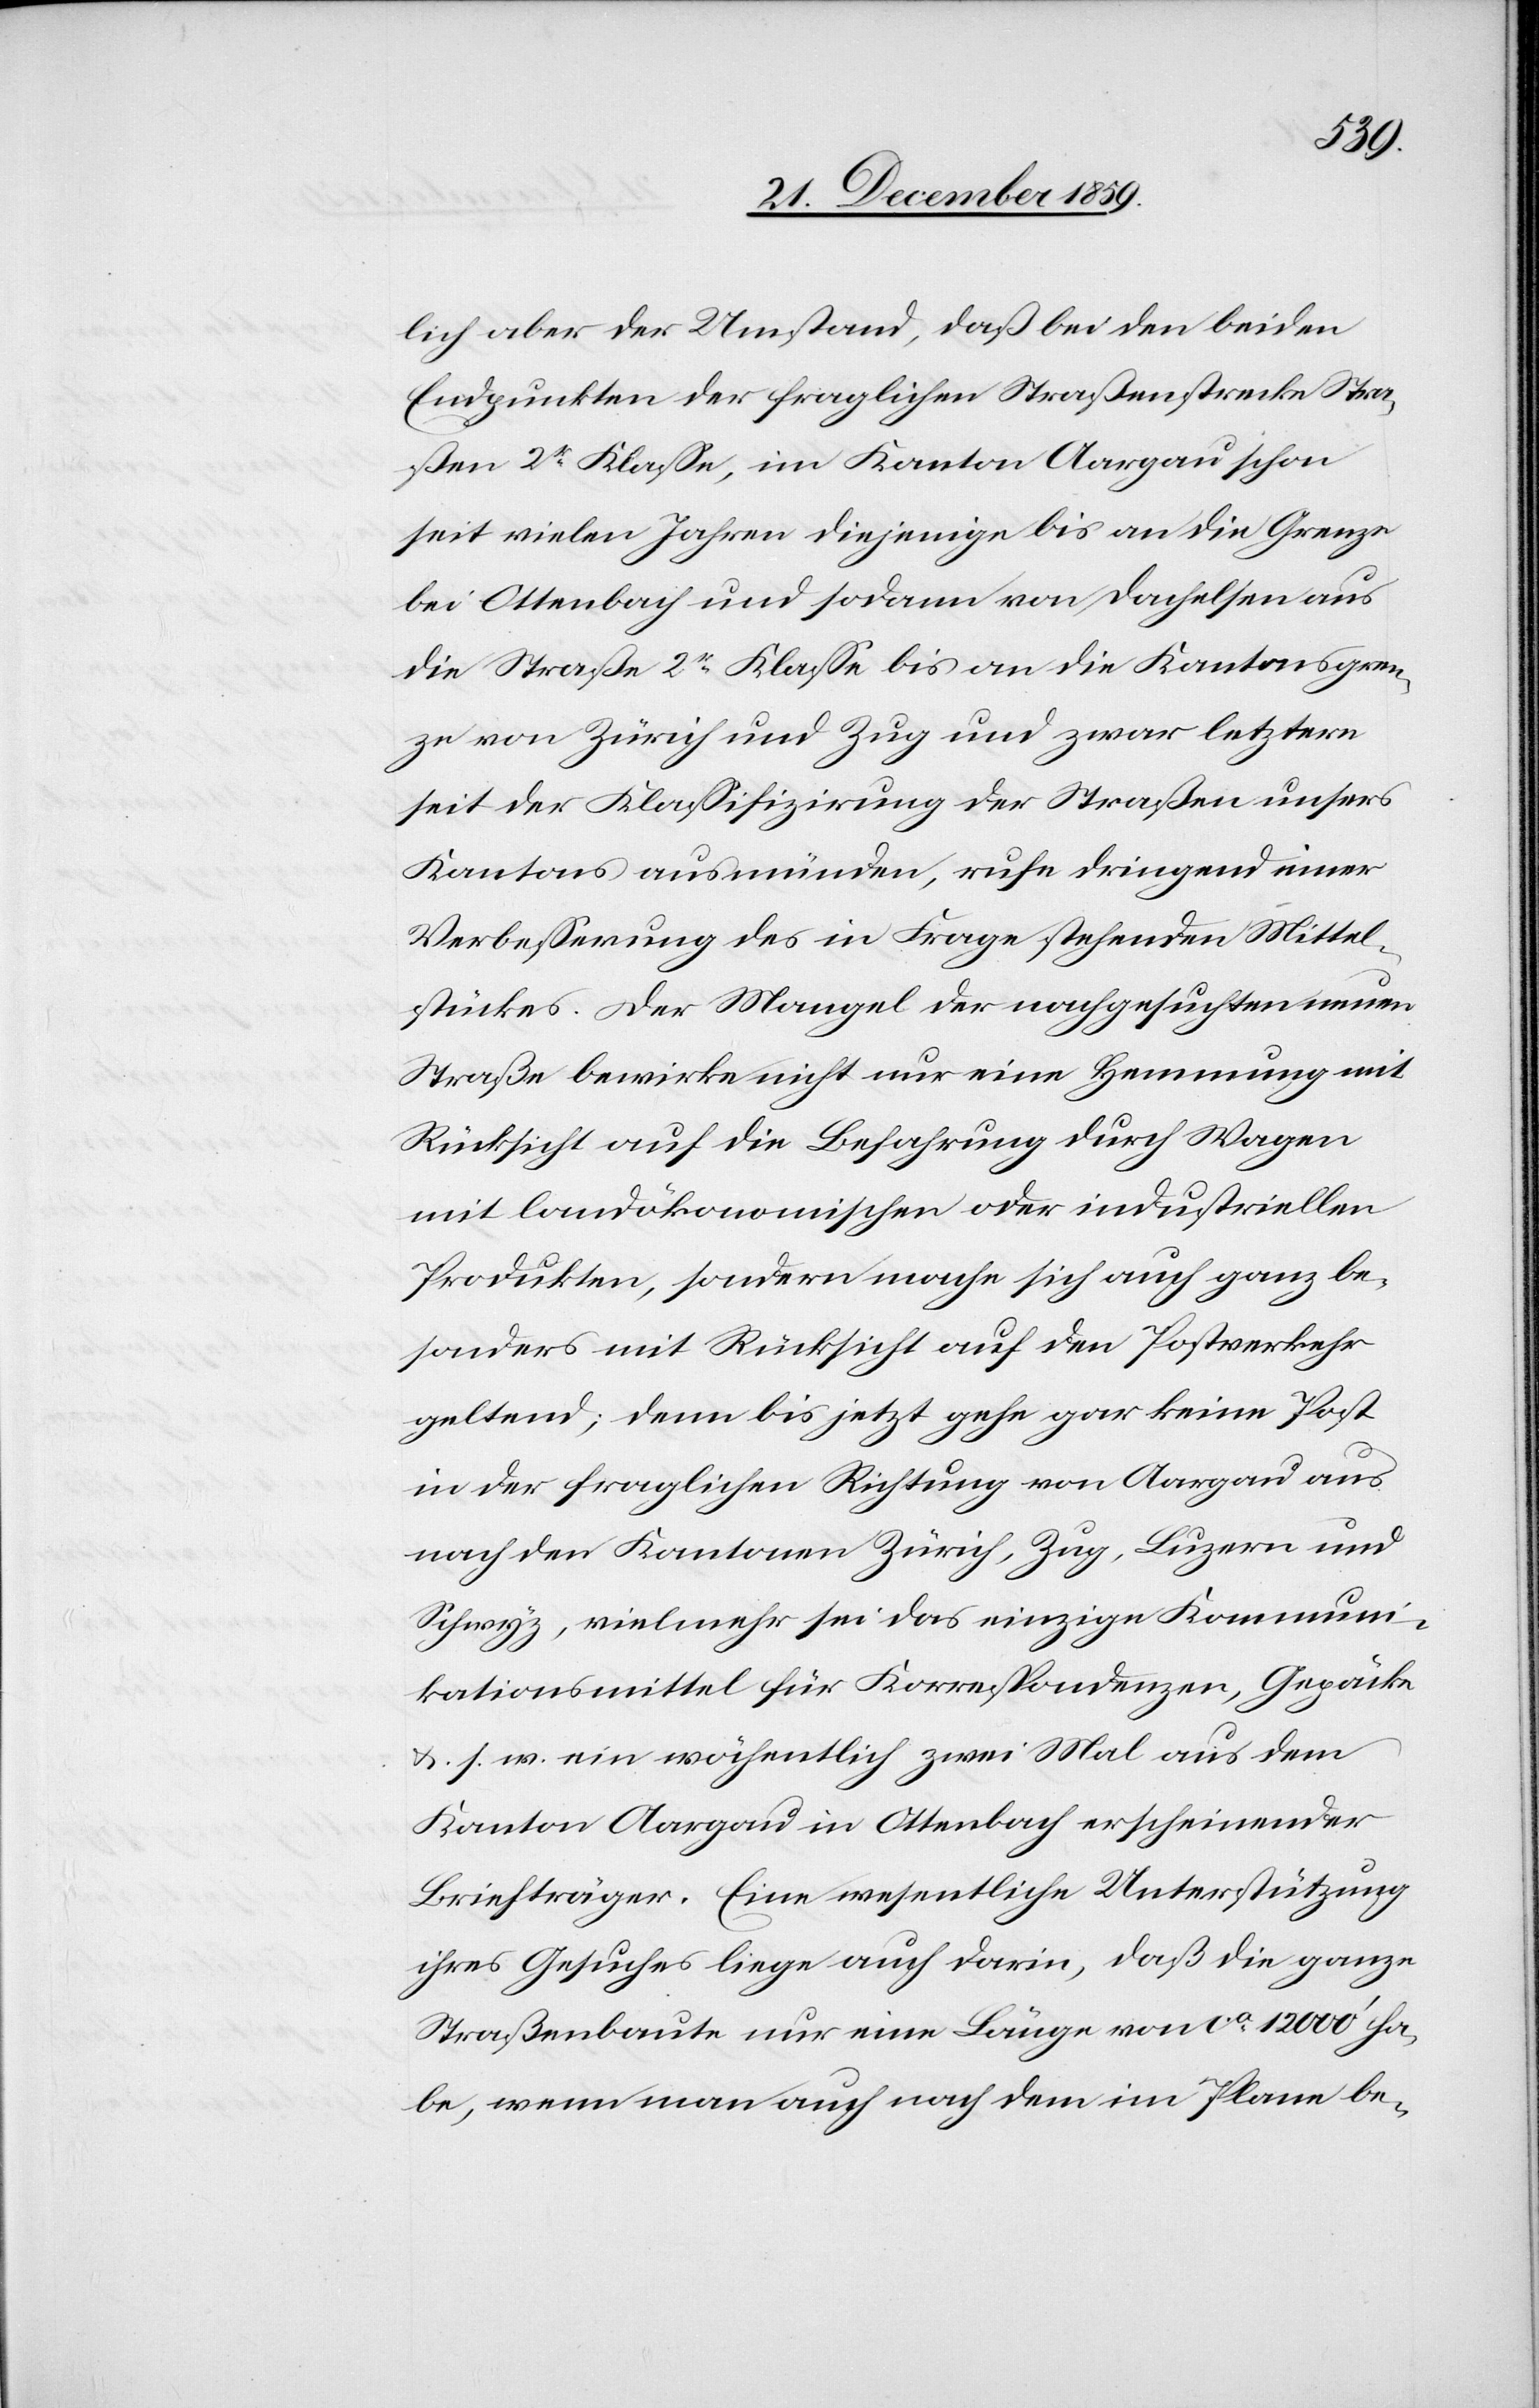
lich aber der Umstand, daß bei den beiden
Endpunkten der fraglichen Straßenstrecke Stra¬
ßen 2tr Klasse, im Kanton Aargau schon
seit vielen Jahren diejenigen bis an die Grenze
bei Ottenbach und sodann von Dachelsen aus
die Straße 2tr Klasse bis an die Kantonsgren¬
ze von Zürich und Zug und zwar letztere
seit der Klassifizirung der Straßen unsers
Kantons ausmünden, rufe dringend einer
Verbesserung des in Frage stehenden Mittel¬
stückes. Der Mangel der nachgesuchten neuen
Straße bewirke nicht nur eine Hemmung mit
Rücksicht auf die Befahrung durch Wagen
mit landökonomischen oder industriellen
Produkten, sondern mache sich auch ganz be¬
sonders mit Rücksicht auf den Postverkehr
geltend; denn bis jetzt gehe gar keine Post
in der fraglichen Richtung von Aargau aus
nach den Kantonen Zürich, Zug, Luzern und
Schwyz, vielmehr sei das einzige Kommuni¬
kationsmittel für Korrespondenzen, Gepäcke
&. s. f. ein wöchentlich zwei Mal aus dem
Kanton Aargau in Ottenbach erscheinender
Briefträger. Eine wesentliche Unterstützung
ihres Gesuches liege auch darin, daß die ganze
Straßenbaute nur eine Länge von ca. 12 000’ ha¬
be, wenn man auch nach dem im Plane be-